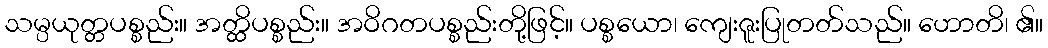
သမ္ပယုတ္တပစ္စည်း။ အတ္ထိပစ္စည်း။ အဝိဂတပစ္စည်းတို့ဖြင့်။ ပစ္စယော၊ ကျေးဇူးပြုတတ်သည်။ ဟောတိ၊ ၏။